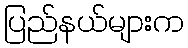
ပြည်နယ်များက